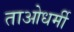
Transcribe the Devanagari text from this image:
ताओधर्मी